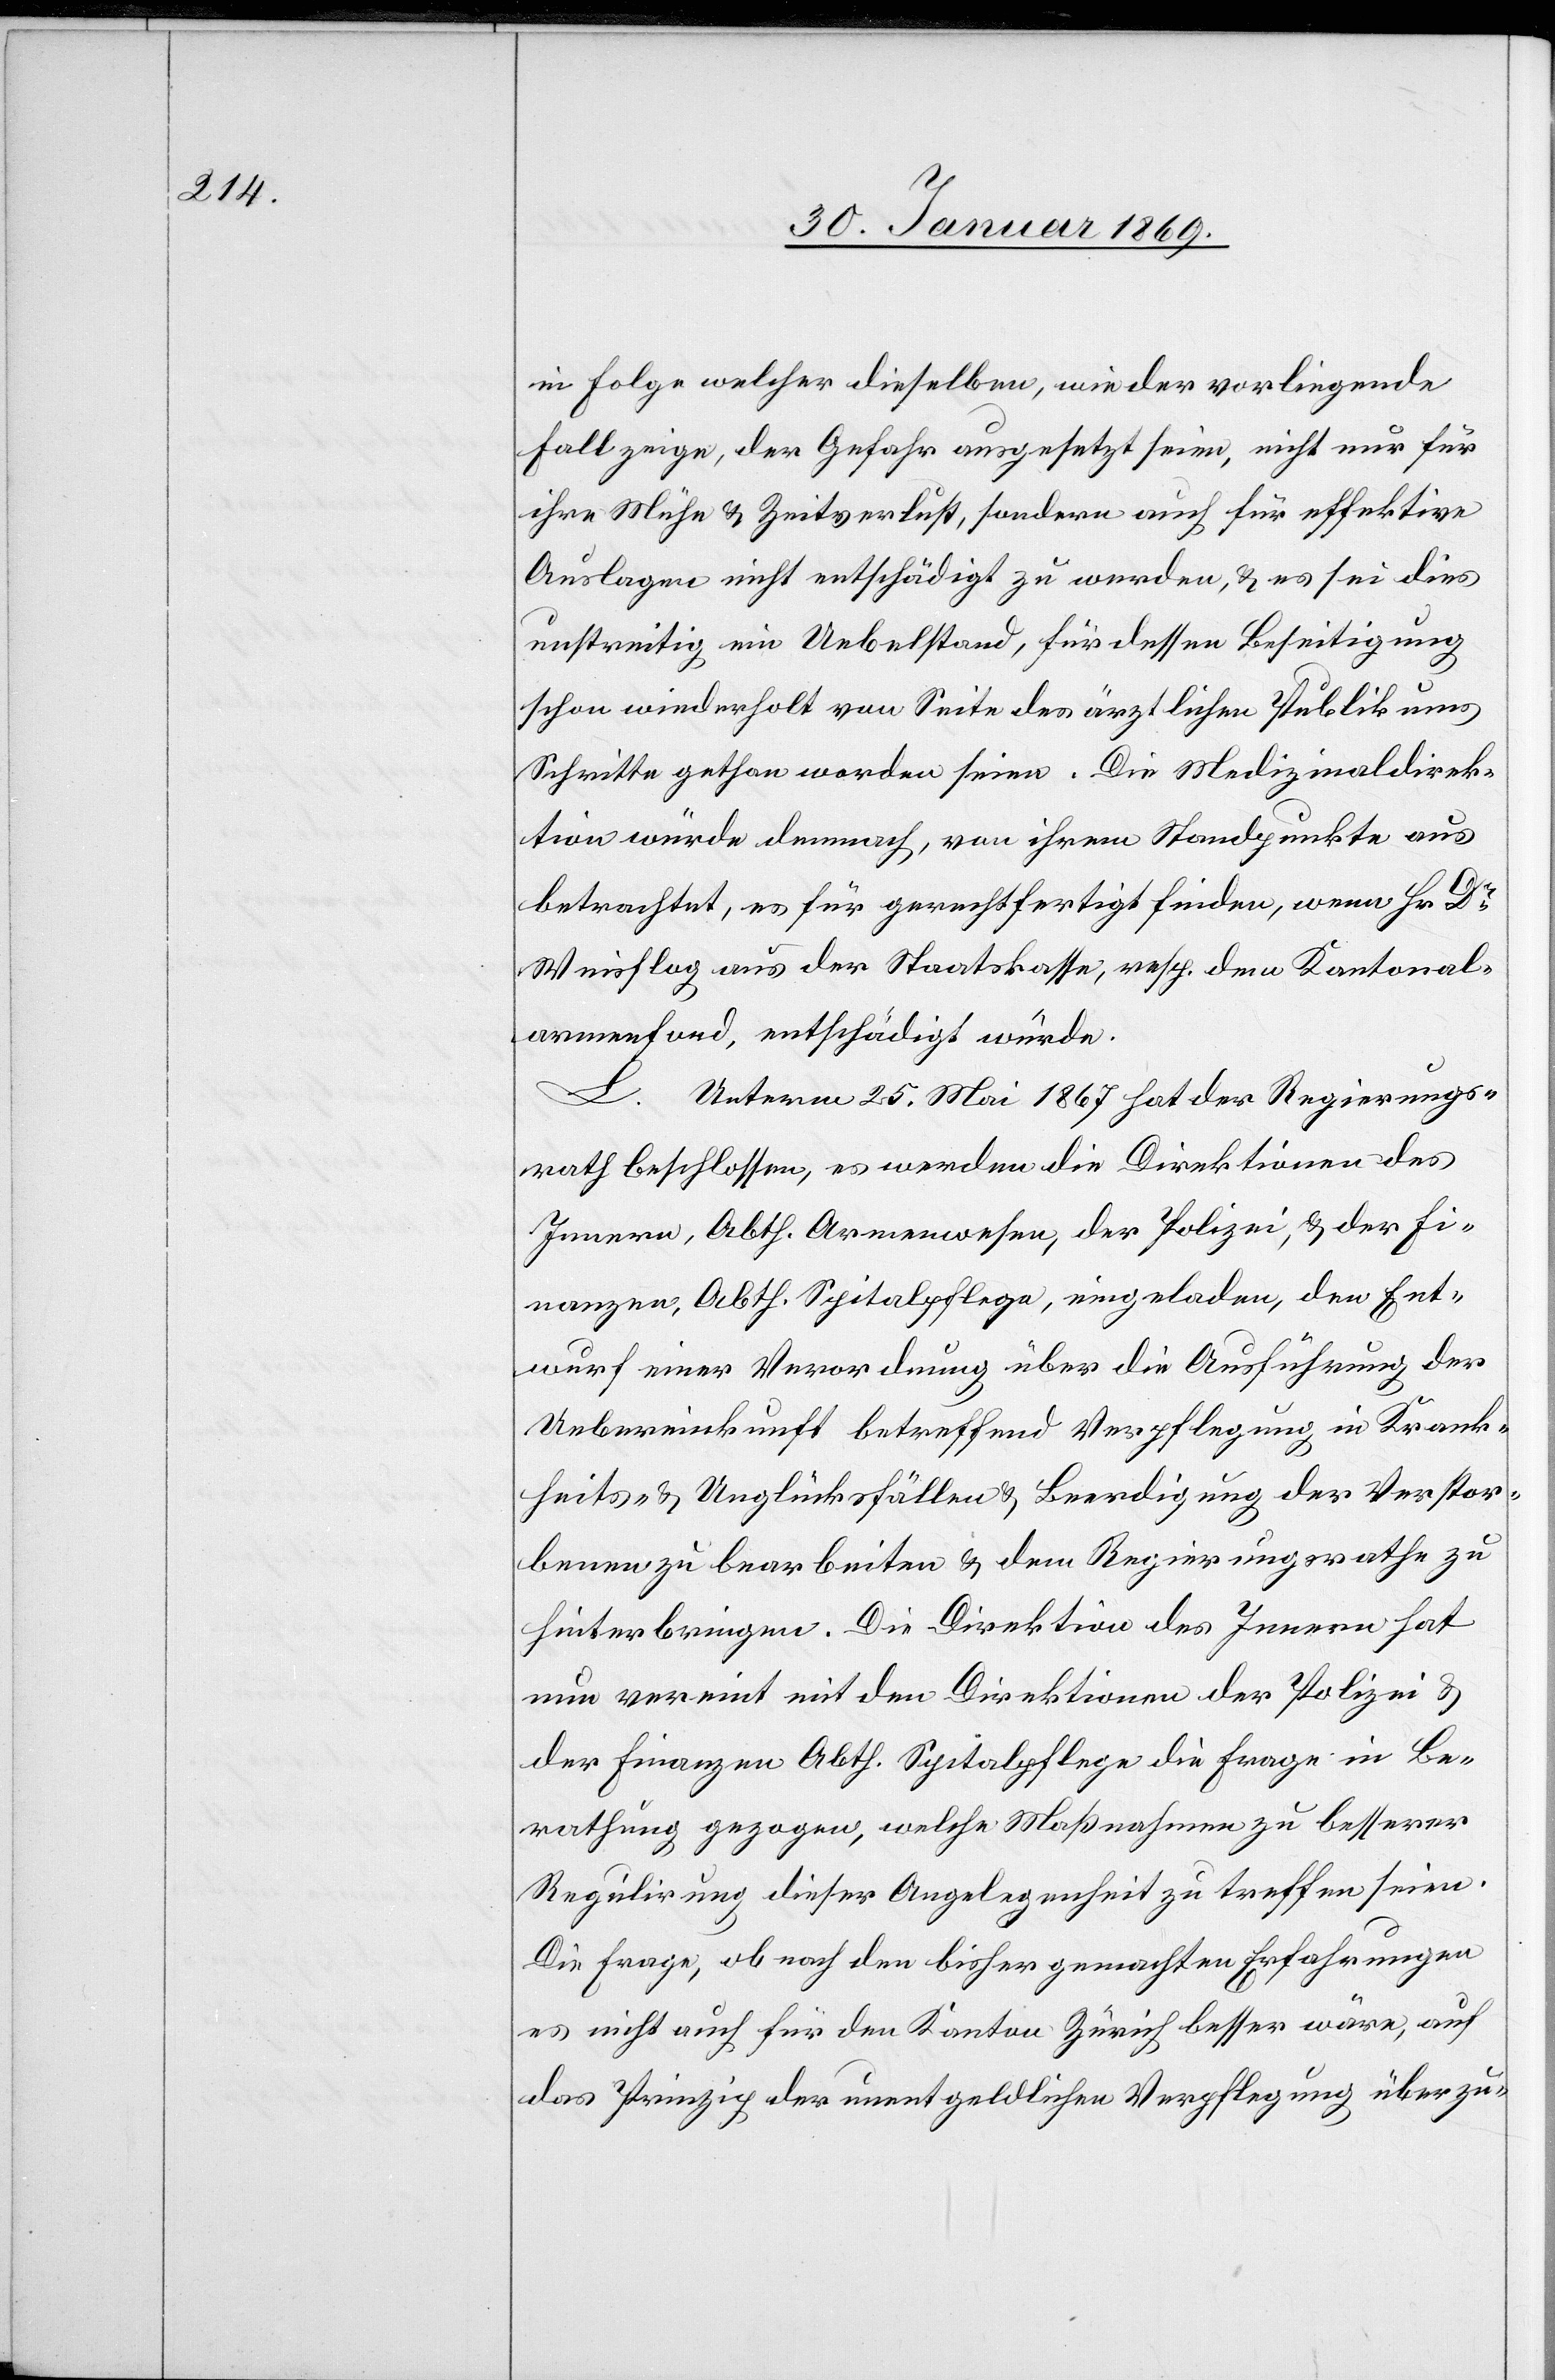
in Folge welcher dieselben, wie der vorliegende
Fall zeige, der Gefahr ausgesetzt seien, nicht nur für
ihre Mühe & Zeitverlust, sondern auch für effektive
Auslagen nicht entschädigt zu werden, & es sei dies
unstreitig ein Uebelstand, für dessen Beseitigung
schon wiederholt von Seite des ärztlichen Publikums
Schritte gethan worden seien. Die Medizinaldirek¬
tion würde demnach, von ihrem Standpunkte aus
betrachtet, es für gerechtfertigt finden, wenn Hr. Dr
Weisflog aus der Staatskasse, resp. dem Kantonal¬
armenfond, entschädigt würde.
L.
Unterm 25. Mai 1867 hat der Regierungs¬
rath beschlossen, es werden die Direktion des
Innern, Abth. Armenwesen, der Polizei, & der Fi¬
nanzen, Abth. Spitalpflege, eingeladen, den Ent¬
wurf einer Verordnung über die Ausführung der
Uebereinkunft betreffend Verpflegung in Krank¬
heits- & Unglücksfällen & Beerdigung der Verstor¬
benen zu bearbeiten & dem Regierungsrathe zu
hinterbringen. Die Direktion des Innern hat
nun vereint mit den Direktionen der Polizei &
der Finanzen Abth. Spitalpflege die Frage in Be¬
rathung gezogen, welche Maßnahmen zur besserer
Regulirung dieser Angelegenheit zu treffen seien.
Die Frage, ob nach den bisher gemachten Erfahrungen
es nicht auch für den Kanton Zürich besser wäre, auf
das Prinzip der unentgeldlichen Verpflegung überzu-